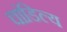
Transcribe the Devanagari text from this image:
चांडिल्य